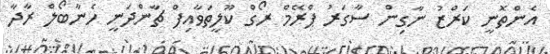
އެންތޮނީ ކަރްޒު ނާގިން ސާގަރު ޕްރޭމް ރޯގް ކޫލީތަވާއިފް ޗާންދަނީ ހެނާބޯލް ރާދާ